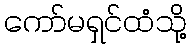
ကော်မရှင်ထံသို့